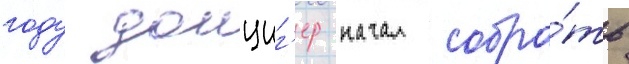
году данциг'ер начал собра́ть